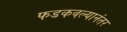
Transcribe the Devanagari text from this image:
फडकवल्यानंतर